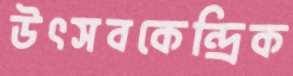
উৎসবকেন্দ্রিক